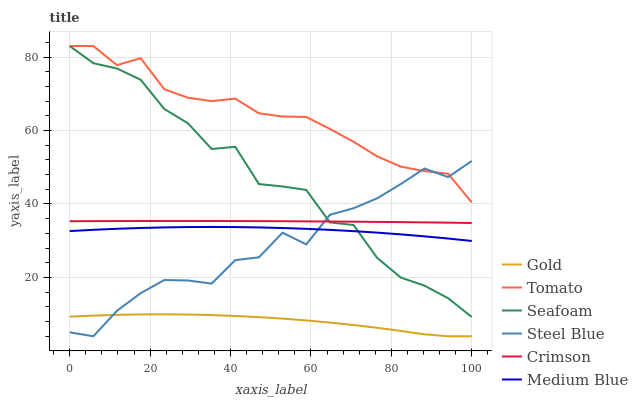
| xaxis_label | Gold | Tomato | Seafoam | Steel Blue | Crimson | Medium Blue |
 | --- | --- | --- | --- | --- | --- | --- |
 | 0 | 9.33 | 83 | 83 | 5.06 | 35.3 | 32.6 |
 | 5.88 | 9.62 | 83 | 78.3 | 4 | 35.3 | 33 |
 | 11.8 | 9.82 | 77.8 | 76.9 | 10.9 | 35.4 | 33.3 |
 | 17.6 | 9.94 | 79.7 | 73.8 | 15.7 | 35.4 | 33.5 |
 | 23.5 | 9.97 | 71.2 | 65.9 | 19.3 | 35.4 | 33.6 |
 | 29.4 | 9.91 | 68.9 | 62 | 19.2 | 35.4 | 33.7 |
 | 35.3 | 9.76 | 68 | 55 | 18.3 | 35.4 | 33.7 |
 | 41.2 | 9.53 | 68.7 | 55.6 | 24.7 | 35.4 | 33.7 |
 | 47.1 | 9.21 | 64.7 | 45.4 | 25.5 | 35.3 | 33.6 |
 | 52.9 | 8.8 | 63.8 | 44.8 | 32.2 | 35.3 | 33.5 |
 | 58.8 | 8.31 | 63.7 | 43.8 | 29 | 35.3 | 33.2 |
 | 64.7 | 7.72 | 60.4 | 35 | 37.1 | 35.2 | 33 |
 | 70.6 | 7.05 | 56.9 | 34.3 | 38.8 | 35.2 | 32.6 |
 | 76.5 | 6.3 | 53 | 25.3 | 41.5 | 35.1 | 32.2 |
 | 82.4 | 5.45 | 50.2 | 20 | 45.4 | 35.1 | 31.7 |
 | 88.2 | 4.52 | 49 | 17.8 | 49.7 | 35 | 31.2 |
 | 94.1 | 4 | 48.2 | 14.3 | 47.3 | 34.9 | 30.6 |
 | 100 | 4 | 40.4 | 9.24 | 51.7 | 34.8 | 29.9 |